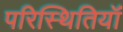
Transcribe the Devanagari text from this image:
परिस्थितियॉं